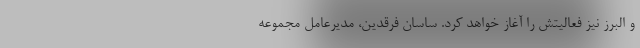
و البرز نیز فعالیتش را آغاز خواهد کرد. ساسان فرقدین، مدیرعامل مجموعه